Report on lock hospitals in British Burma
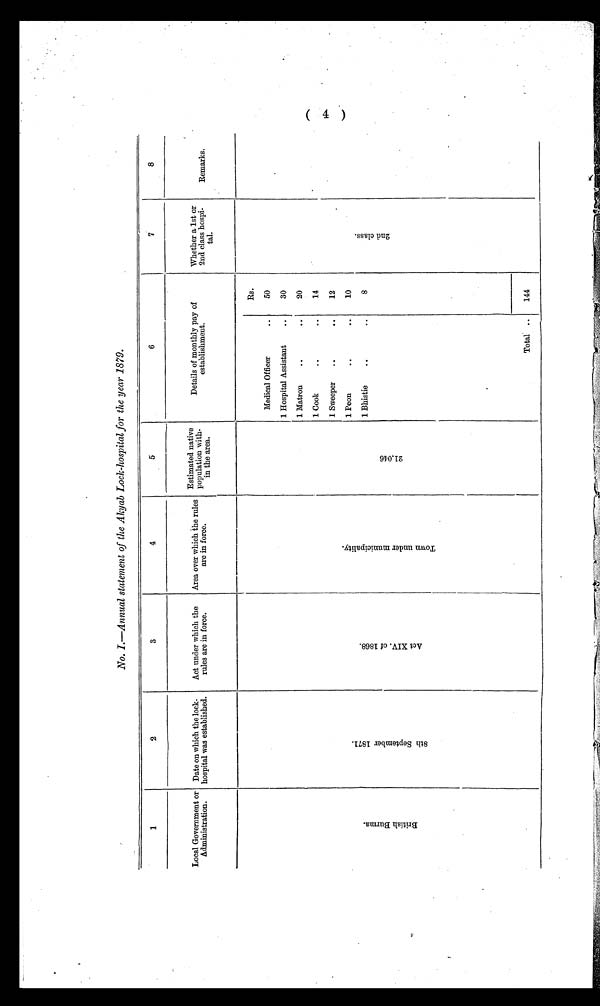
No. I.—Annual statement of the Akyab Lock-hospital for the year 1879.
1
2
3
4
5
6
7 8
Local Government or
Administration.
Date on which the lock-
hospital was established.
Act under which the
rules are in force.
Area over which the rules
are in force.
Estimated native
population with-
in the area.
Details of monthly pay of
establishment.
Whether a 1st or
2nd class hospi-
tal.
Remarks.
B r i t i s h B u r m a . 8 t h S e p t e m b e r 1 8 7 1 .
A c t X I V . o f 1 8 6 8 .
T o w n u n d e r m u n i c i p a l i t y .
2 1 , 0 4 6
Rs.
2 n d c l a s s .
Medical Officer
..
50
1 Hospital Assistant
. .
30
1 Matron
..
..
20
1 Cook
..
..
14
1 Sweeper
..
. .
12
1 Peon
..
..
10
1 Bhistie
. . ..
8
Total ..
144